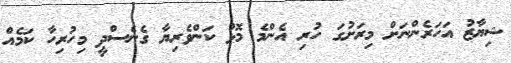
ޝިޔާޒު އަހަރެންނަށް މިރަށުގަ ހުރި އެންމެ މޮޅު ކަންވެރިޔާ ގެނެސްދީ މިހުރިހާ ކަމެއް